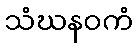
သံဃနဝကံ